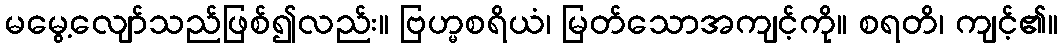
မမွေ့လျော်သည်ဖြစ်၍လည်း။ ဗြဟ္မစရိယံ၊ မြတ်သောအကျင့်ကို။ စရတိ၊ ကျင့်၏။